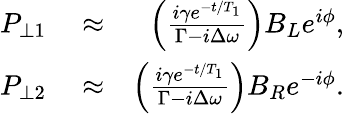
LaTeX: \begin{array}{rlr}{P_{\perp 1}}&{{}\approx}&{\left(\frac{i\gamma e^{-t/T_{1}}}{\Gamma-i\Delta\omega}\right)B_{L}e^{i\phi},}\\ {P_{\perp 2}}&{{}\approx}&{\left(\frac{i\gamma e^{-t/T_{1}}}{\Gamma-i\Delta\omega}\right)B_{R}e^{-i\phi}.}\end{array}